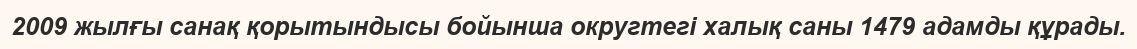
2009 жылғы санақ қорытындысы бойынша округтегі халық саны 1479 адамды құрады.